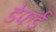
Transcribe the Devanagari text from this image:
डेफर्ड